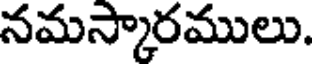
నమస్కారములు.